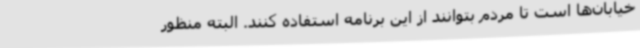
خیابان‌ها است تا مردم بتوانند از این برنامه استفاده کنند. البته منظور